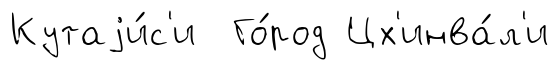
Кутаjи́с'и Го́род Цх'инва́л'и